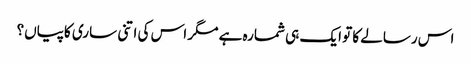
اس رسالے کا تو ایک ہی شمارہ ہے مگر اس کی اتنی ساری کاپیاں؟